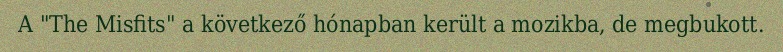
A "The Misfits" a következő hónapban került a mozikba, de megbukott.